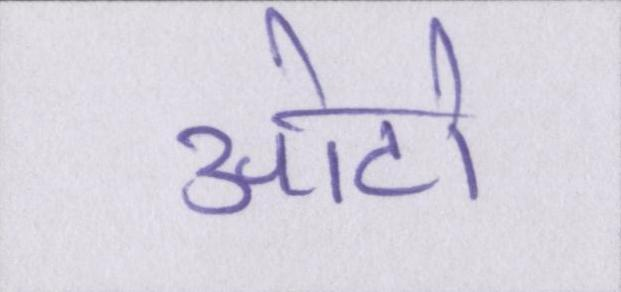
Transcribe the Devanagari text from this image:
ओटो